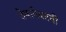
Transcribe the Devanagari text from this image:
तेपानेकांनी